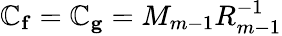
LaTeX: \mathbb{C}_{\mathbf{{f}}}=\mathbb{C}_{\mathbf{{g}}}=M_{m-1}R_{m-1}^{-1}